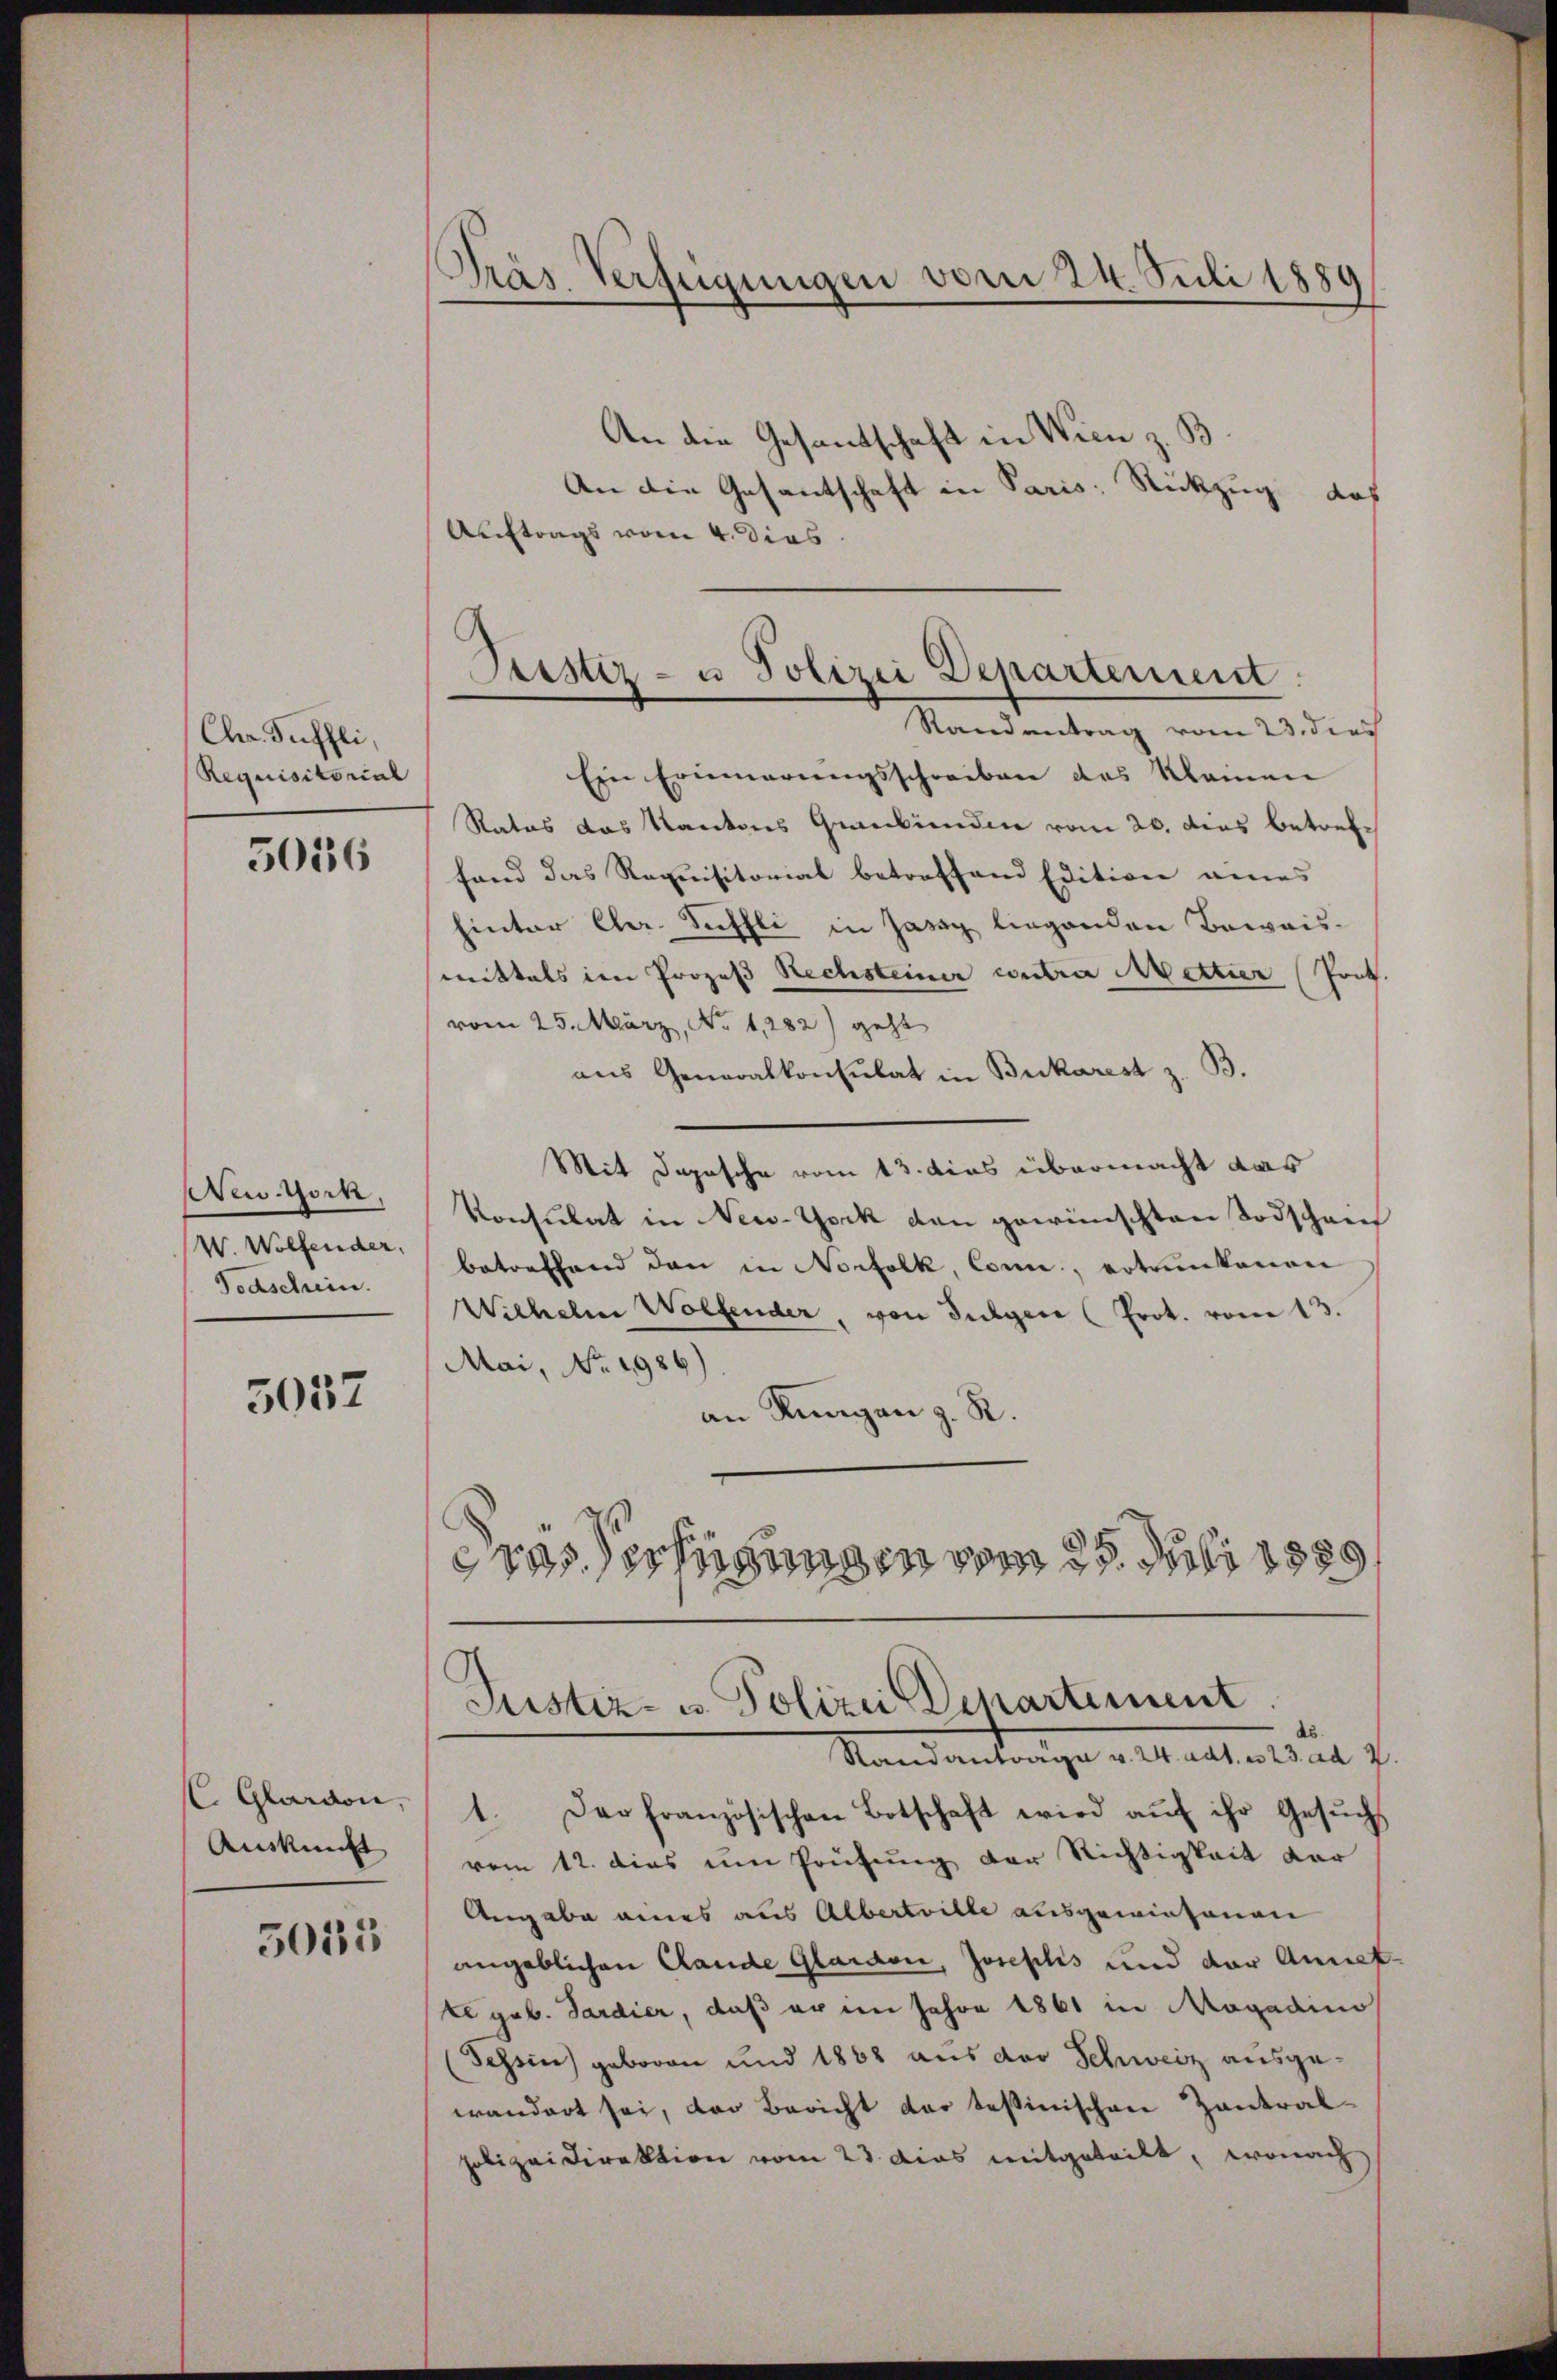
Chr. Fuffli
Requisitorial

5016

New-York
W. Wolfender,
Todschein.

5037

l. Glardon,
Auskunft

5015

Präs. Verfügungen vom 24. Juli 1889

Prester- u Polizei Departement.
Randantrag vom 23. dies

An den Gesandschaft in Wien z. B
An die Gesantschaft in Paris Rückzug das
Auftrags vom 4. dies
Ein Erinnerungsschreiben das klainen
Rates das Kantons Gebunden vom 20. dies betreffand das Requisitorial betreffend Edition eines
Einter Eher. Tuttli in Jassy liegenden Beweis-
mittels im Prozeß Rechsteiner contra Mettier (Prot
vom 25. März, No 1282) geht
aus Generalkonsulat in Bukarest z. B.
Mit Depesche vom 13. dies übermacht das
Konsulat in New-York den gewünschten Todschreif
betreffend den in Norfolk, Conn, ertrunkenen
Wichelm Wolfender, von Sulgen (Prot. vom 13.
Mai, No. 1986)
an Rungen z. R.
eras Verfügungen vom 25. Juli 1889
Justiz- u. Polizei Departiment
Standantrage v. 24. adt. a 23. ad 2
1. Der französischen Botschaft wird auf ihr Gesuchs
vem 12. dies um Prüfung der Richtigkeit der
Angabe eines aus Albertrille ausgewiesenen
angeblichen Claude Glardon, Josephis und der Annet-
te geb. Sardier, daß er im Jahre 1861 in Magadino
Tessin geboren und 1868 aus der Schweiz ausge-
erandert sei, das Bericht der tessinischen Zantral-
polizeidirektion vom 23. dies mitgeteilt, wonach